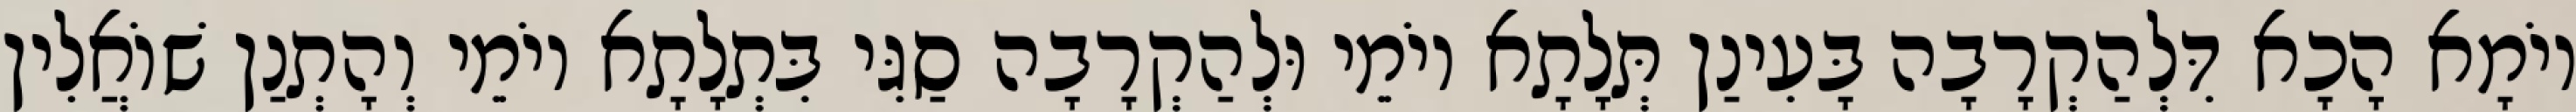
יוֹמָא הָכָא דִּלְהַקְרָבָה בָּעִינַן תְּלָתָא יוֹמֵי וּלְהַקְרָבָה סַגִּי בִּתְלָתָא יוֹמֵי וְהָתְנַן שׁוֹאֲלִין